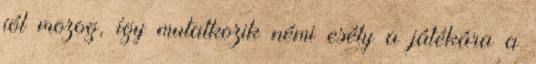
jól mozog, így mutatkozik némi esély a játékára a